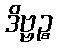
ဒိဗ္ဗဉ္စ